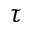
\tau